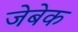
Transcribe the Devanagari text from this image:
जेबेक